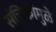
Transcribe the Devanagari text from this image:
संचिकांमुळे